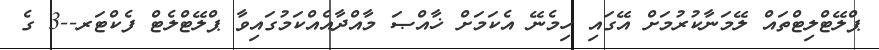
ޕްލޭޓްލިޓްތައް ލޭމަނާކުރުމަށް އޭގައި ހިމެނޭ އެކަމަށް ޚާއްޞަ މާއްދާއެއްކަމުގައިވާ ޕްލޭޓްލެޓް ފެކްޓަރ--3 ގެ